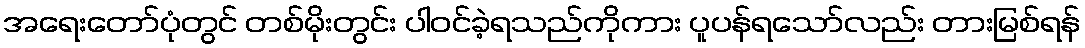
အရေးတော်ပုံတွင် တစ်မိုးတွင်း ပါဝင်ခဲ့ရသည်ကိုကား ပူပန်ရသော်လည်း တားမြစ်ရန်